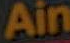
Ain